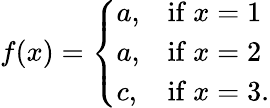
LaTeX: f(x)=\left\{ {\begin{array}{ll}{a,}&{{\mathrm{if~}}x=1}\\ {a,}&{{\mathrm{if~}}x=2}\\ {c,}&{{\mathrm{if~}}x=3.}\end{array}}\right.